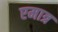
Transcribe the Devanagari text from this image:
एमात्र